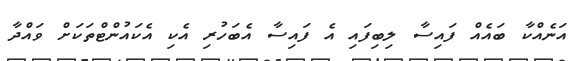
އަނެއްކާ ބައެއް ފައިސާ ލިބިފައި އެ ފައިސާ އެބަހުރި އެކި އެކައުންޓްތަކަށް ވައްދާ